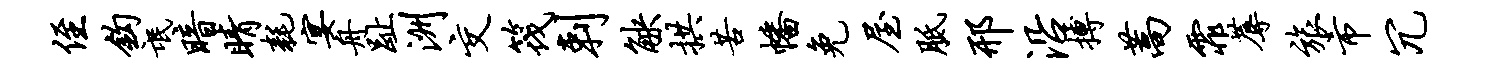
侄钩氓暗睛耗宴舟趾洲交筏剌觖拱苦幡免屋胝邢沿搏蒿霏蓐旅市冗